Report on vaccination in Madras 1895-1903 - 1895-1903
Year: 1895
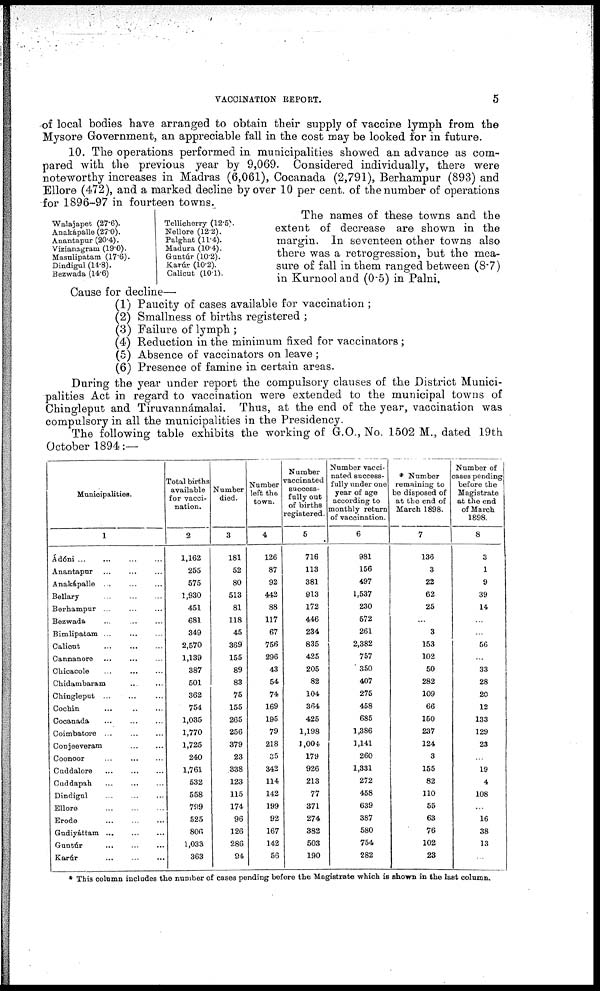
VACCINATION REPORT.
5
of local bodies have arranged to obtain their supply of vaccine lymph from the
Mysore Government, an appreciable fall in the cost may be looked for in future.
10. The operations performed in municipalities showed an advance as com-
pared with the previous year by 9,069. Considered individually, there were
noteworthy increases in Madras (6,061), Cocanada (2,791), Berhampur (893) and
Ellore (472), and a marked decline by over 10 per cent. of the number of operations
for 1896-97 in fourteen towns.
Walajapet (27.6).
Anakápalle (27.0).
Anantapur (20.4).
Vizianagram (19.0).
Masulipatam (17.6).
Dindigul (14.8).
Bezwada (14.6)
Tellicherry (12.5).
Nellore (12.2).
Palghat (11.4).
Madura (10.4).
Guntúr (10.2).
Karúr (10.2).
Calicut (10.1).
The names of these towns and the
extent of decrease are shown in the
margin. In seventeen other towns also
there was a retrogression, but the mea-
sure of fall in them ranged between (8.7)
in Kurnool and (0.5) in Palni.
Cause for decline—
(1) Paucity of cases available for vaccination ;
(2) Smallness of births registered ;
(3) Failure of lymph ;
(4) Reduction in the minimum fixed for vaccinators;
(5) Absence of vaccinators on leave;
(6) Presence of famine in certain areas.
During the year under report the compulsory clauses of the District Munici-
palities Act in regard to vaccination were extended to the municipal towns of
Chingleput and Tiruvannámalai. Thus, at the end of the year, vaccination was
compulsory in all the municipalities in the Presidency.
The following table exhibits the working of G.O., No. 1502 M., dated 19th
October 1894:—
Municipalities.
1
Ádóni ... ... ... ...
Anantapur ... ... ...
Anakápalle
...
...
...
Bellary
...
...
...
Berhampur ... ... ...
Bezwada ... ... ...
Bimlipatam ... ... ...
Calicut
...
...
...
Cannanore ... ... ...
Chicacole
...
...
...
Chidambaram
...
...
Chingleput ... ... ...
Cochin ... ... ...
Cocanada ... ... ...
Coimbatore ... ... ...
Conjeeveram ... ...
Coonoor ... ... ...
Cuddalore
...
...
...
Cuddapah
...
...
...
Dindigul ... ... ...
Ellore
...
...
...
Erode
...
...
...
Gudiyáttam
...
...
...
Guntúr
...
...
...
Karúr
...
...
...
Total births
available
for vacci-
nation.
2
1,162
255
575
1,930
451
681
349
2,570
1,139
387
501
362
754
1,035
1,770
1,725
240
1,761
532
558
799
525
806
1,033
363
Number
died.
3
181
52
80
513
81
118
45
369
155
89
83
75
155
265
256
379
23
338
123
115
174
96
126
286
94
Number
left the
town.
4
126
87
92
442
88
117
67
756
296
43
54
74
169
195
79
218
35
342
114
142
199
92
167
142
56
Number
vaccinated
success-
fully out
of births
registered.
5
716
113
381
913
172
446
234
835
425
205
82
104
364
425
1,198
1,004
179
926
213
77
371
274
382
503
190
Number vacci-
nated success-
fully under one
year of age
according to
monthly return
of vaccination.
6
981
156
497
1,537
230
572
261
2,382
757
350
407
275
458
685
1,386
1,141
260
1,331
272
458
639
387
580
754
282
* Number
remaining to
be disposed of
at the end of
March 1898.
7
136
3
22
62
25
...
3
153
102
50
282
109
66
150
237
124
3
155
82
110
55
63
76
102
23
Number of
cases pending
before the
Magistrate
at the end
of March
1898.
8
3
1
9
39
14
...
...
56
...
33
28
20
12
133
129
23
...
19
4
108
...
16
38
13
...
* This column includes the number of cases pending before the Magistrate which is shown in the last column.